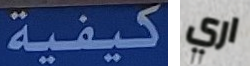
كيفية اري